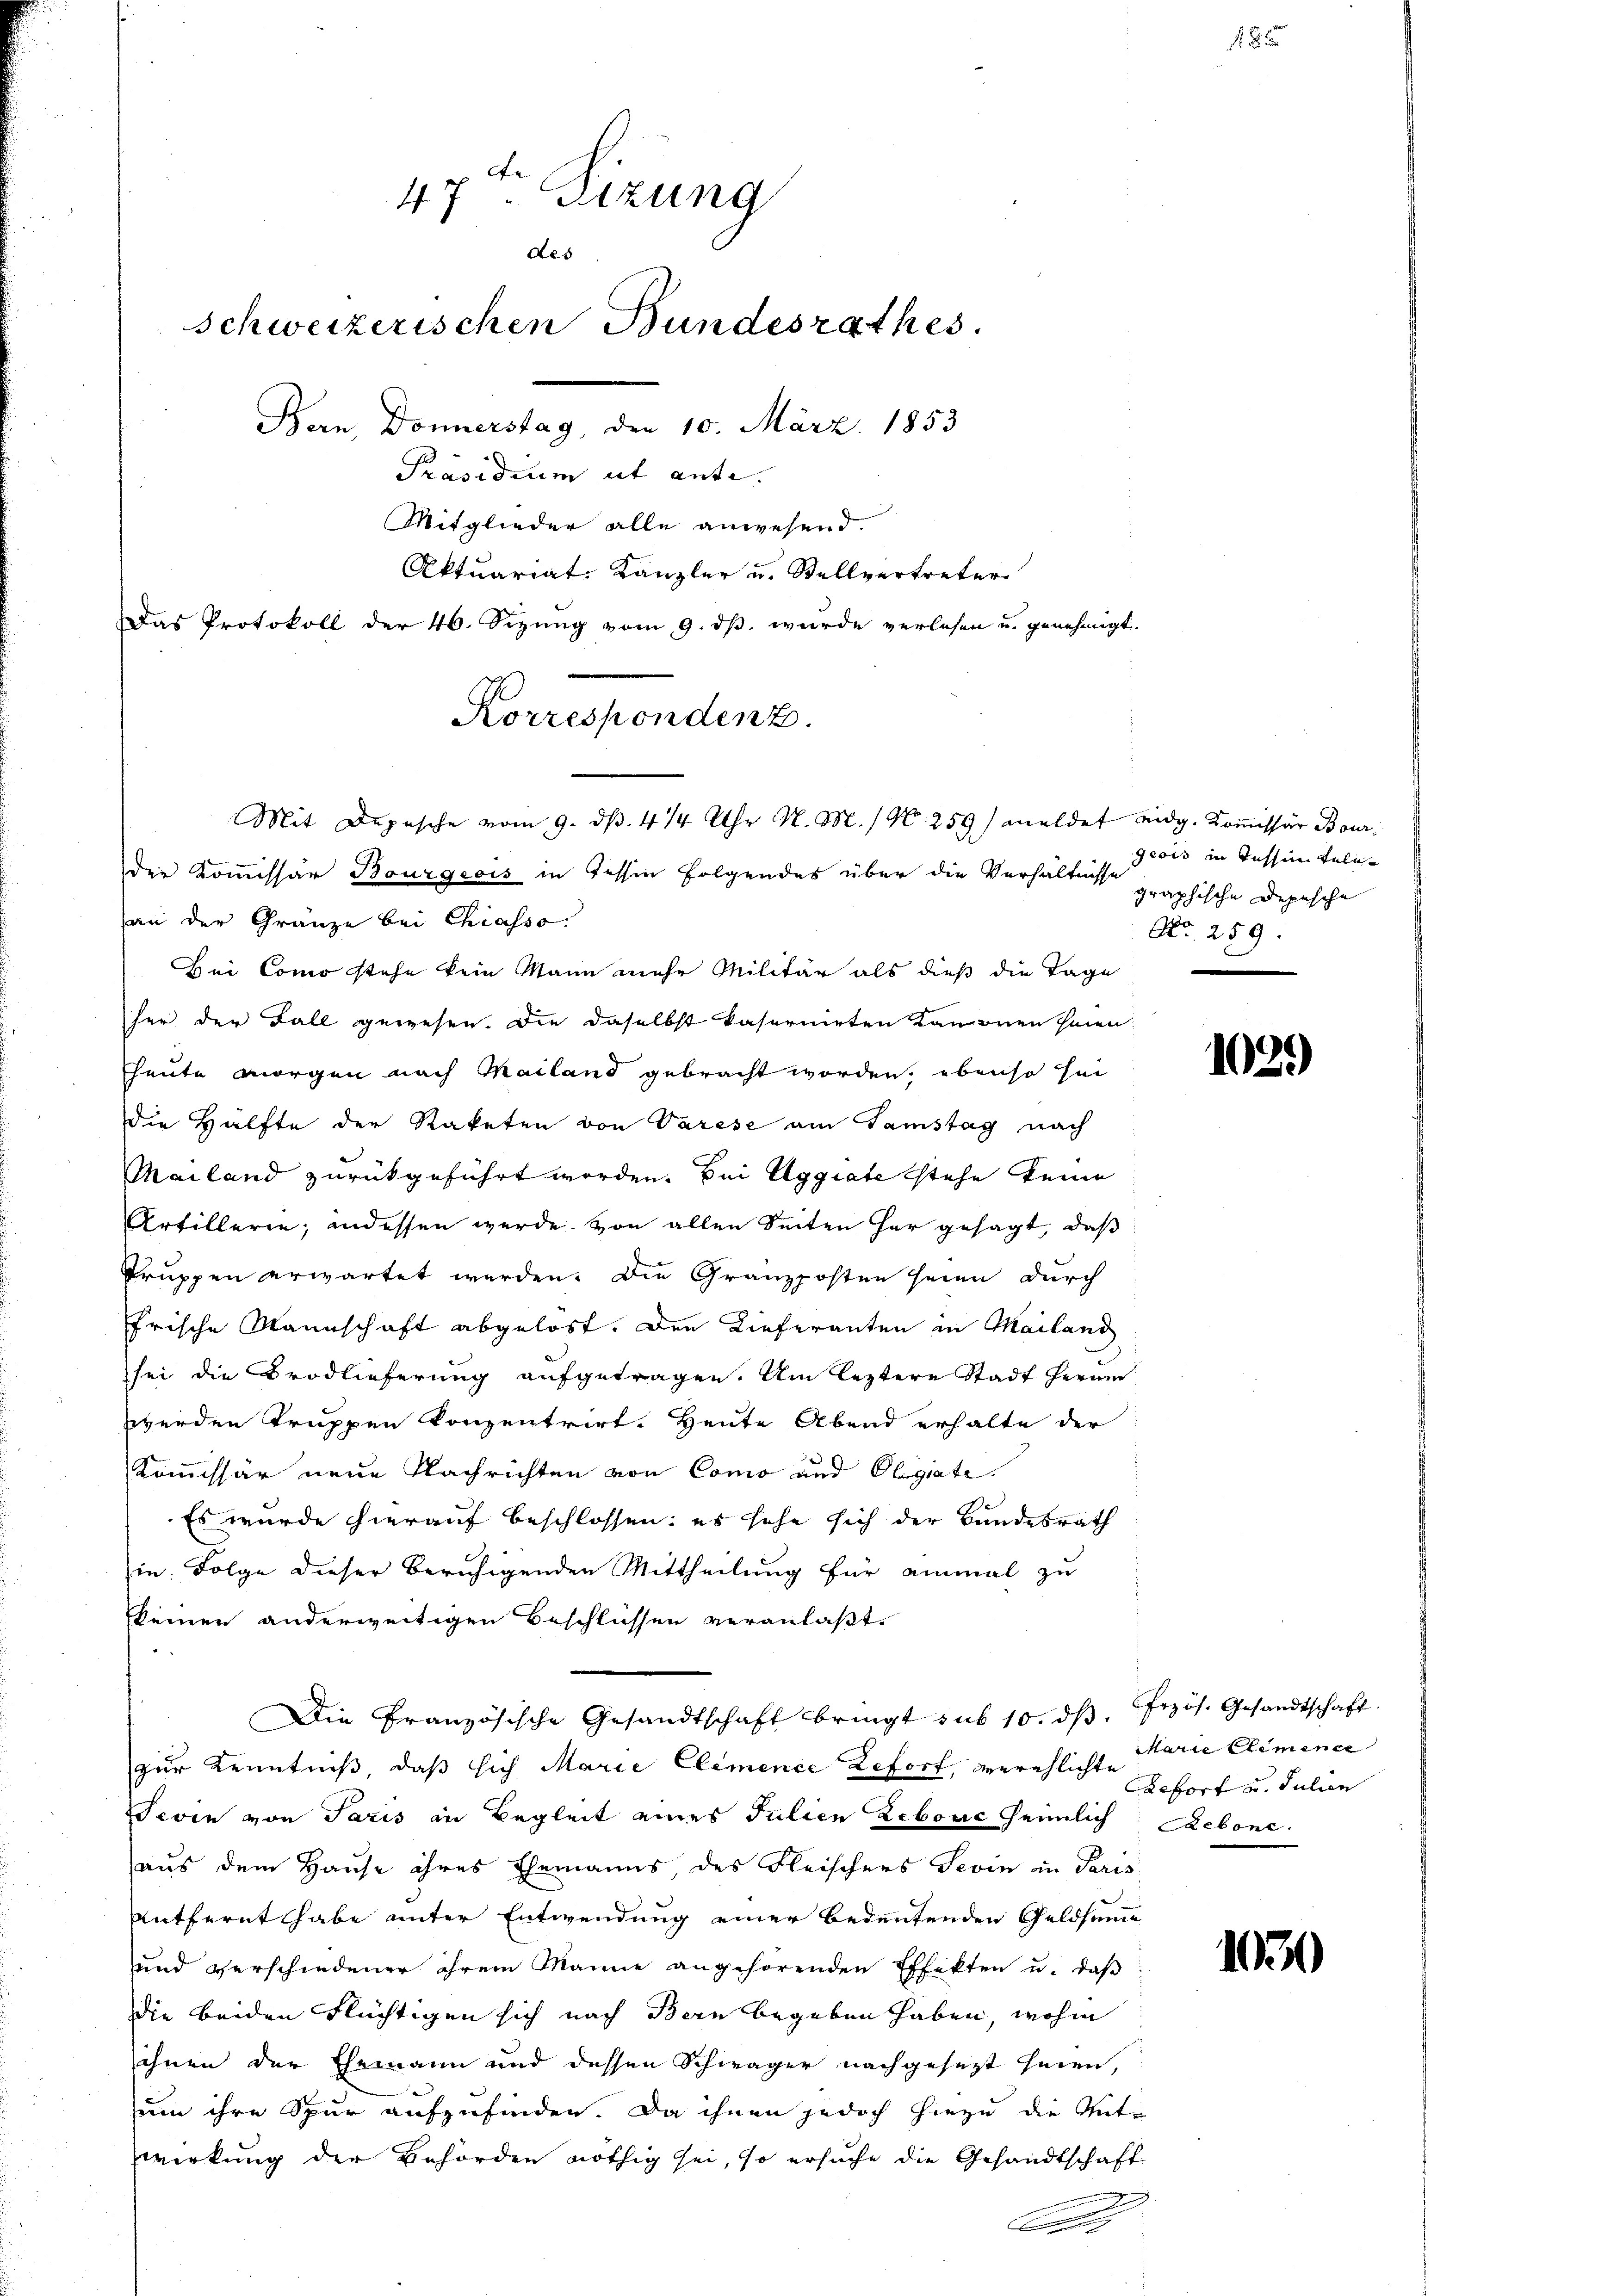
f

47. Sizung
des
schweizerischen Bundesrathes.
Bern, Donnerstag, den 10. März 1853
Präsidium ut ante.
Mitglieder alle anwesend.
Aktuariat-Kanzler u. Stellvertreter
Das Protokoll der 46. Sezung vom 9. dß wurde verlesen u. genehmigt.

Mit Depesche vom 9. d. 414 Uhr N. M. (N. 259/ meldet eidg. Kommissär Bour¬
Die Kommissär Bourgeois in Tessin folgendes über die Verhältnisse

an der Gränze bei Chiasso.
Bei Como stehe kein Mann mehr Militär als dieß die Tage
her der Fall gewesen. Die daselbst kasernirten Kanonen seien
heute Morgen nach Mailand gebracht worden, ebenso sei
die Hälfte der Raketen von Varese am Tamstag nach
Mailand zurückgeführt worden. Bei Aggiate stehe keine
Artillerie; indessen werde. von allen Seiten her gesagt, daß
Truppen erwartet werden. Die Granzposten seien durch
frische Mannschaft abgelöst. Den Lieferanten in Mailand
sei die Brodlieferung aufgetragen. Am leztere Stadt herum
werden Truppen konzentrirt. Heute Abend erhalte der
Kommissär neue Nachrichten von Como und Elegate.
Es wurde hierauf beschlossen: es sehe sich der Bundesrath
in Folge dieser beruhigenden Mittheilung für einmal zu
keinen anderweitigen Beschlüssen veranlaßt.
Die Französische Gesandtschaft bringt sub 10. dβ. frzös. Gesandtschaft.
zur Kenntniß, daß sich Marie Elemence Refort, verehlichte
Fevin von Paris in Begleit eines Julien Lebene Gemlich Rebene
aus dem Hause ihres Ehemanns des Fleischers Levin an Paris
entfernt habe unter Entwendung einer bedeutenden Geldsumme
und verschiedener ihrem Manne angehörenden Effekten u. daß
die beiden Flüchtigen sich nach Bern begeben haben, wohin
ihnen der Ehemann und dessen Schwäger nachgesezt seien,
um ihre Spur aufzufinden. Da ihnen jedoch hiezu die Miti
Wirkung der Behörden nöthig sei, so ersuche die Gesandtschaft
.

Korrespondenz.

geois in Tessin Telegraphische Depesche
No. 259.

18

1029

Marie Eliminer
Refort u. Julien

1030